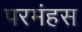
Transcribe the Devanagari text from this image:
परमंहस